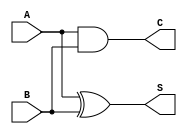
module Half_Adder (
    input wire A,    // First single-bit input
    input wire B,    // Second single-bit input
    output wire S,   // Sum output
    output wire C    // Carry output
);

// Internal wires for the outputs of the gates
wire xor_out;  // Output of the XOR gate
wire and_out;  // Output of the AND gate

// Instantiate the XOR gate for Sum (S)
assign xor_out = A ^ B;  // S = A XOR B

// Instantiate the AND gate for Carry (C)
assign and_out = A & B;  // C = A AND B

// Assign the outputs to the top-level outputs
assign S = xor_out;  // Assign Sum output
assign C = and_out;  // Assign Carry output

endmodule